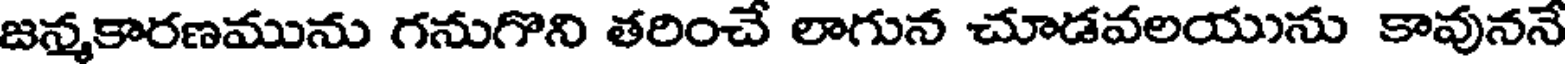
జన్మకారణమును గనుగొని తరించే లాగున చూడవలయును కావుననే